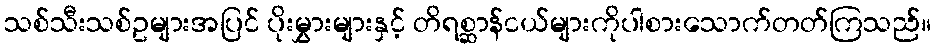
သစ်သီးသစ်ဥများအပြင် ပိုးမွှားများနှင့် တိရစ္ဆာန်ငယ်များကိုပါစားသောက်တတ်ကြသည်။